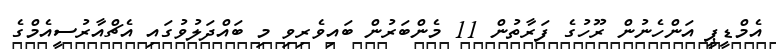
އެމްޑީޕީ އަންހެނުން ރޫހުގެ ފަރާތުން 11 މެންބަރުން ބައިވެރިވި މި ބައްދަލުވުގައި އެޗްއާރުސީއެމްގެ